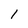
Character: 1